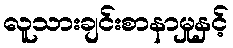
လူသားချင်းစာနာမှုနှင့်